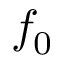
f _ { 0 }